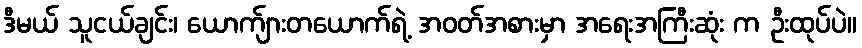
ဒီမယ် သူငယ်ချင်း၊ ယောက်ျားတယောက်ရဲ့ အဝတ်အစားမှာ အရေးအကြီးဆုံး က ဦးထုပ်ပဲ။